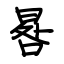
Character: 晷